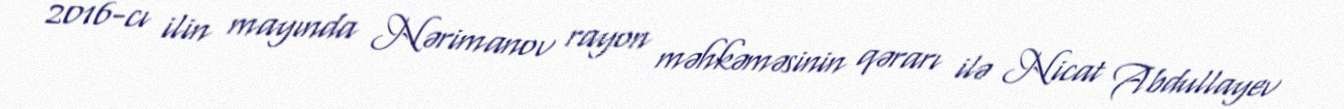
2016-cı ilin mayında Nərimanov rayon məhkəməsinin qərarı ilə Nicat Abdullayev